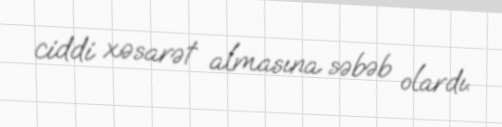
ciddi xəsarət almasına səbəb olardı.